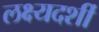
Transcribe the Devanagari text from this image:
लक्ष्यदर्शी